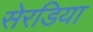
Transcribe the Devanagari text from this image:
सेरडिया